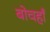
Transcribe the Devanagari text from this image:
बोचहाँ